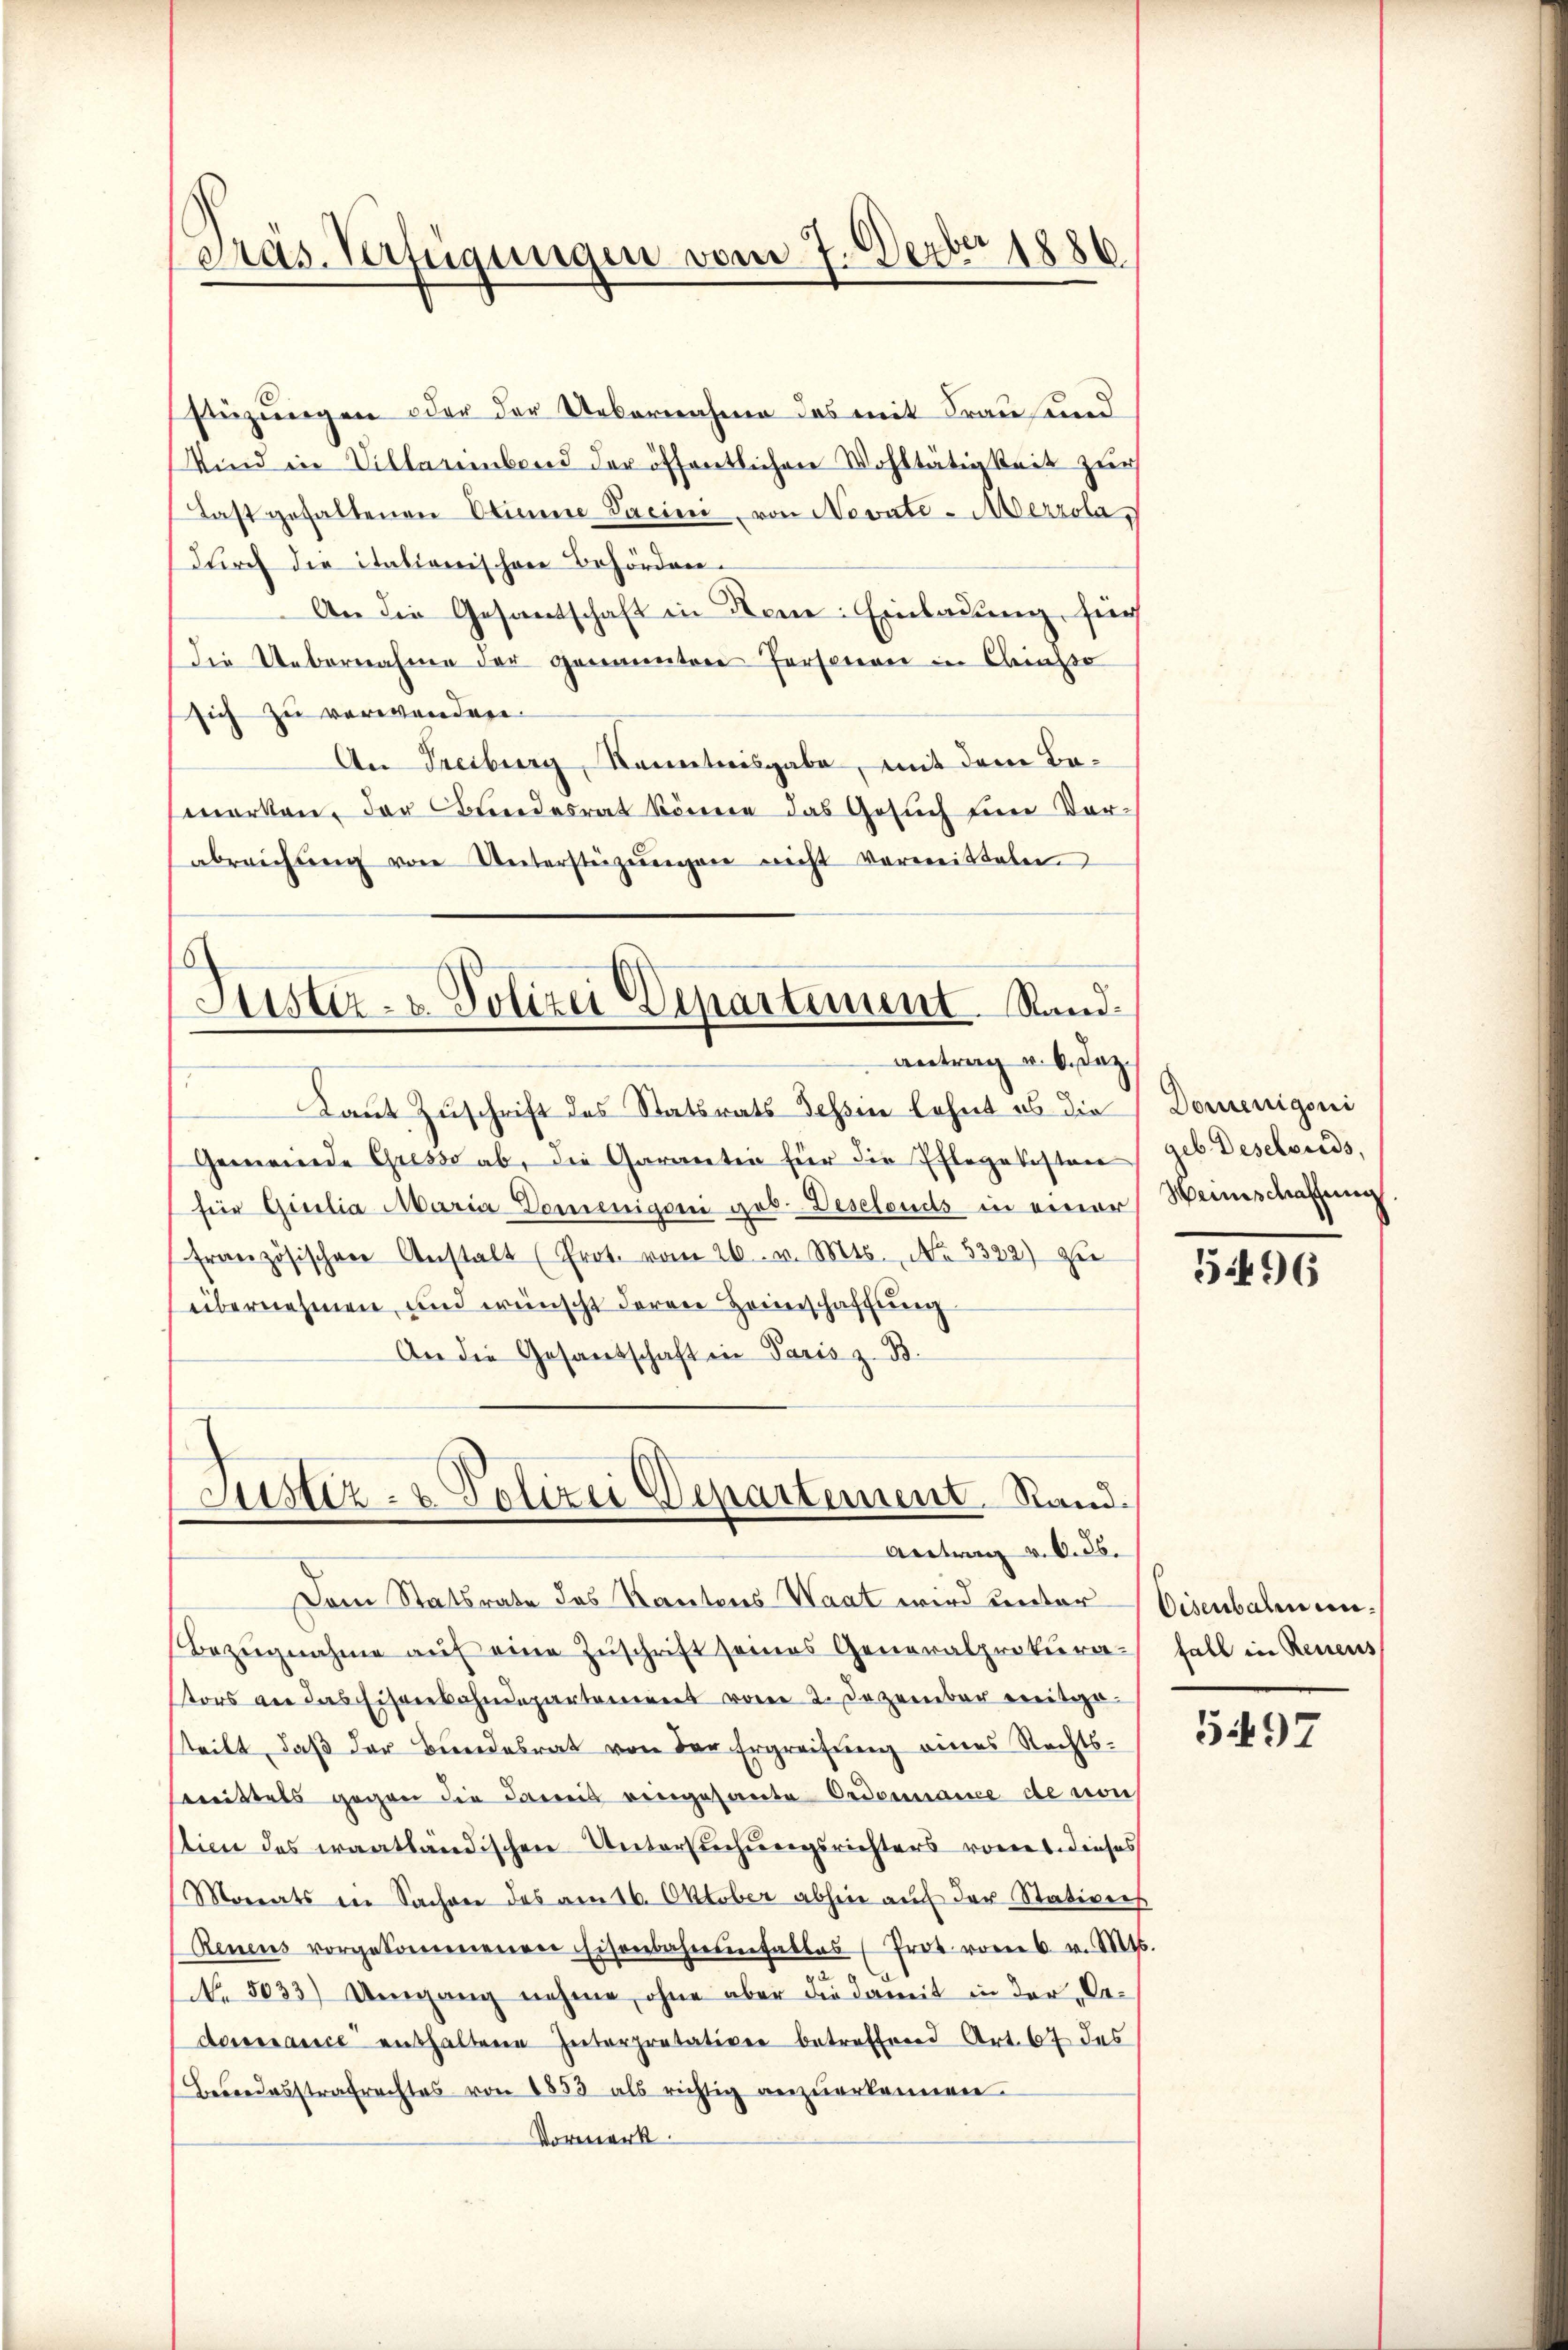
Pras-Verfügungen vom 7. Ferber 1886

antrag u. 6. Daz
Laut Zuschrift des Statsrats Tessin lehnt es die Domenigeni
Gemeinde Gresso ab, die Garanten für die Pflegekosten geb. Geselbends,
für Gicilia Maria-Domenigoni geb. Deselends in einer Weinschaffung
französischen Anstalt (Prot. vom 26. v. Mts. No. 3332) zu
übernehmen, und wünscht deren Heimschaffung
An die Gesandschaft in Paris z. B.

stüzungen oder der Uebernahme des mit Frau und
Wind in Villariebend der öffentlichen Wohltätigkeit zur
Last gehaltenen Stimme Sacini von Novate - Merzola,
durch die itationischen Behörden¬
An die Gesandschaft in Rene: Einladung, für
die Uebernahme der genannten Personen in Clinzo
sich zu verwanden.
An Freiburg, Kenntnisgabe, mit dem Bemerken, der Bundesrat könne das Gesuch um Vor-
abreichŭng von Unterstützŭngen nicht vermitteln

)
Kister- & Polizei Departement. Stand.

Justiz- & Polizei Departement. Stand.
Antrag v. 6. ds.

Dem Statsrate das Kantons Waat wird unter Eisenbahnen¬
Bezŭgnahme aŭf eine Zŭschrift seines Generalprokura- Fall in Reneus
tors an das Eisenbahndeparteniret vom 2. Dezember ereitgesteilt, daß der Bundesrat von der Ergreifung eines Rechts¬
Brittels gegen die Paris eingesante Ordonnance de von
tion des Frantländischen Untersuchungsrichters vorers dieses
Morats in Sachen des am 16. Oktober abhin auf der Stativers
Renens vorgekommenen Eisenbahnenfalles Prot. vom 6. v. Mts.
No. 5033) Umgang nehme, ohne aber die damit in der „Caderessance enthaltene Interpretativen betreffend Art. 67 des
Bewendesstrafrechtes von 1853 als richtig anzŭerkennen.
Vormerk

5496

5497